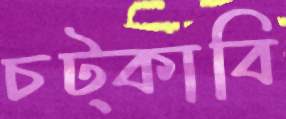
চট্‌কাবি